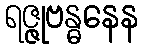
ရဇ္ဇုဗန္ဓနေန